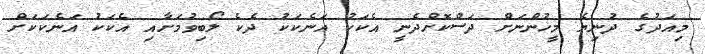
މިއަދުގެ ދުނިޔެ މީހުންނަށް ދަސްކޮށްދެނީ އެކަކު އަނެކަކު ދެކެ ލޯބިވުމަށާއި އެކަކު އަނެކަކަށް